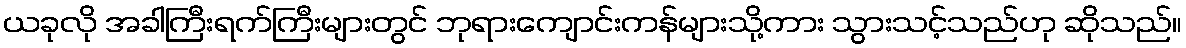
ယခုလို အခါကြီးရက်ကြီးများတွင် ဘုရားကျောင်းကန်များသို့ကား သွားသင့်သည်ဟု ဆိုသည်။